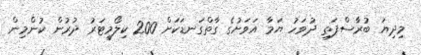
މިދިޔަ ބުރާސްފަތި ދުވަހު ޔަމާ އަވަށުގެ ގާތްގަނޑަކަށް 200 ކިލޯމީޓަަރު ދުރުން ކުންމިން